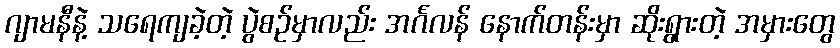
ဂျာမနီနဲ့ သရေကျခဲ့တဲ့ ပွဲစဉ်မှာလည်း အင်္ဂလန် နောက်တန်းမှာ ဆိုးရွားတဲ့ အမှားတွေ